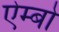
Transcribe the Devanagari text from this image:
ऐम्बो